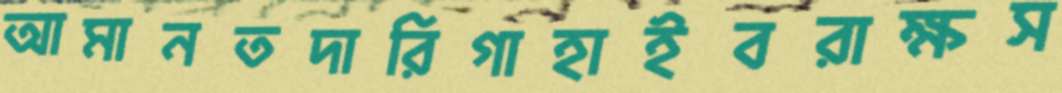
আমানতদারিগাহাইবরাক্ষস